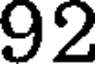
92